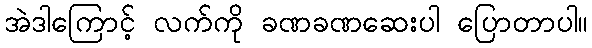
အဲဒါကြောင့် လက်ကို ခဏခဏဆေးပါ ပြောတာပါ။